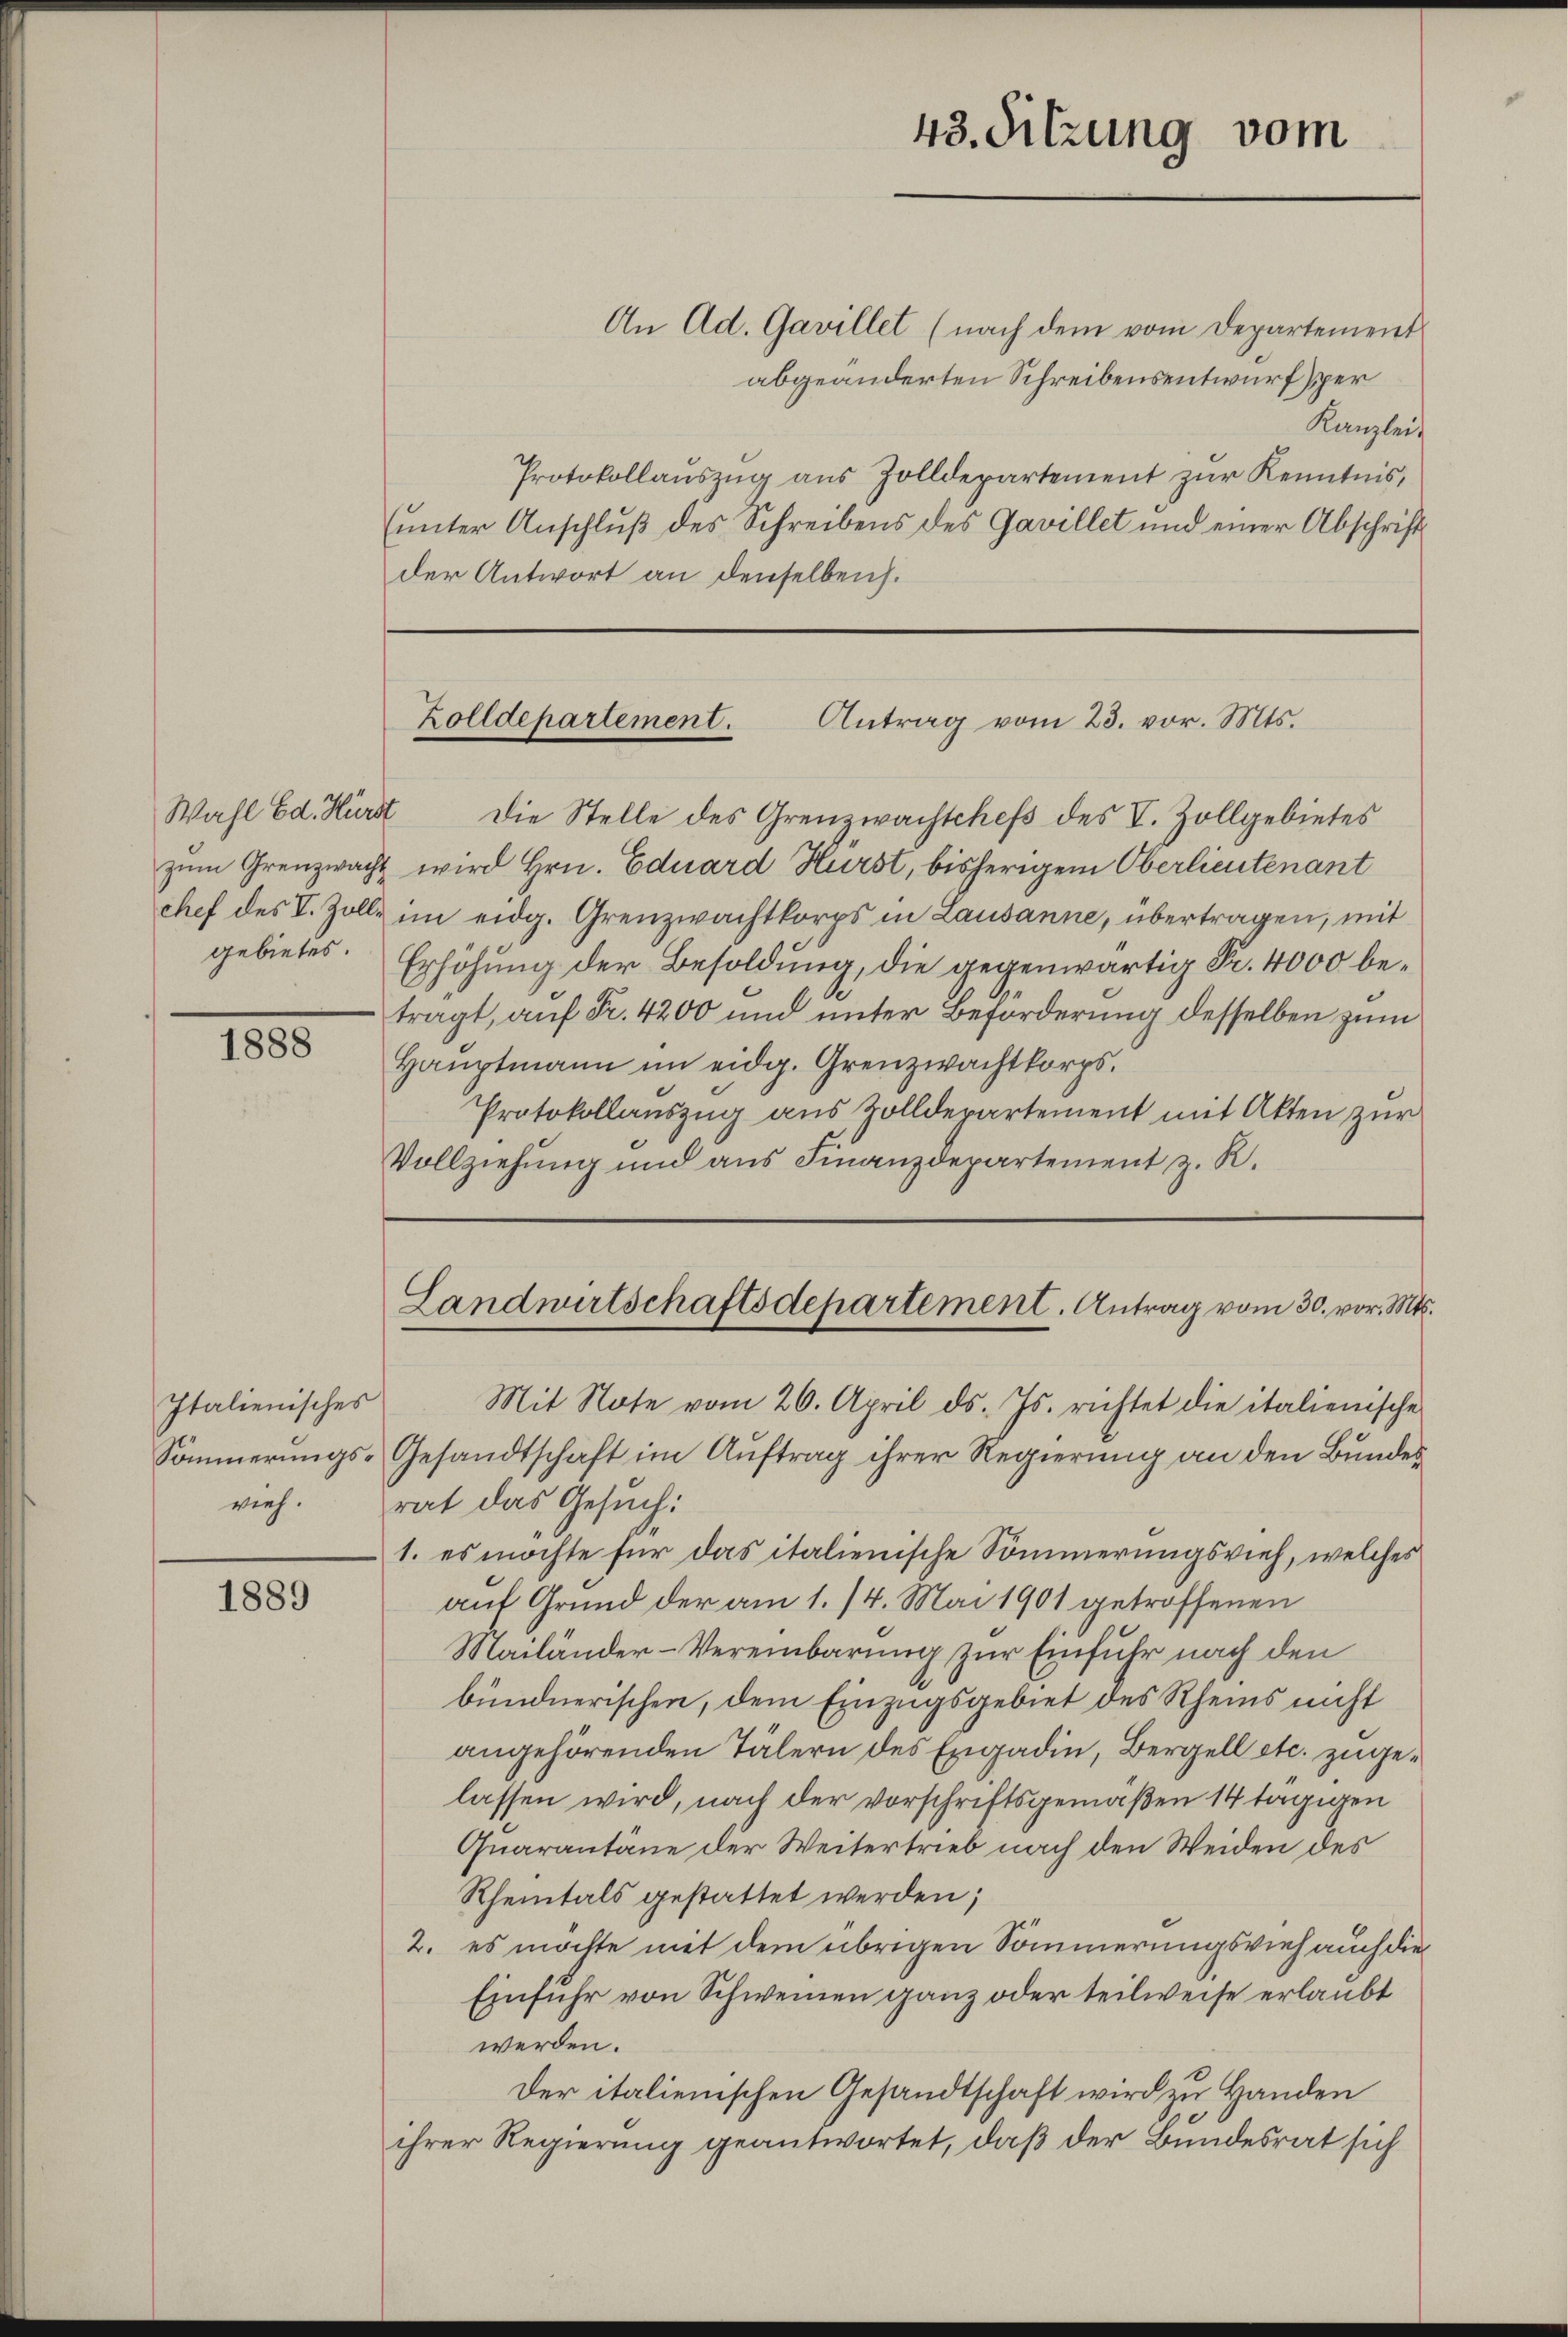
1888

Italienisches

1889

An Ad. Gavillet (nach dem vom Departement
abgeänderten Schreibensentwurfsper
Kanzlei
Protokollaŭszŭg aŭs Zolldepartement zŭr Kenntnis,
(unter Anschluß des Schreibens des Gavillet und einer Abschrift
der Antwort an denselben.

Wahl Ed. Hürst die Stelle des Grenzwachtchefs des V. Zollgebietes
zŭm Grenzwacht wird Hrn. Eduard Hurst, bisherigem Oberlieutenant
chef des V. Zolle im eidg. Grenzwachtkorps in Lausanne, übertragen, mit
gebietes. Erhöhung der Besoldung, die gegenwärtig Fr. 4000 betragt, auf Fr. 4200 und unter Beförderung desselben zum
Hauptmann im eidg. Grenzwachtkorps.
Protokollauszug aus Zolldepartement mit Akten zur
Vollziehung und aus Finanzdepartement z. R.

43. Sitzung vom

Zolldepartement.
Antrag vom 23. vor. Mts.

Mit Note vom 26. April d. Js. richtet die italienische
Sömmerungs-Gesandtschaft im Auftrag ihrer Regierung an den Bundes
vieh. Grat das Gesuch:
1. es möchte für das italienische Sommerungsvieh, welches
auf Grund der am 1. 14. Mai 1901 getroffenen
Mailänder-Vereinbarung zur Einfuhr nach den
bündnerischen, dem Einzugsgebiet des Rheins nicht
angehörenden Tälern des Engadin, Bergell etc. zugelassen wird, nach der vorschriftsgemäßen 14 tägigen
Quarantäne der Weitertrieb nach den Weiden des
Rheintals gestattet werden;
2. es möchte mit dem übrigen Sommerungsvieh auch die
Einfuhr von Schweinen ganz oder teilweise erlaubt
werden.
Der italienischen Gesandtschaft wird zu Handen
ihrer Regierung geantwortet, daß der Bundesrat sich

Landwirtschaftsdepartement. Antrag vom 30. vor. Mts.